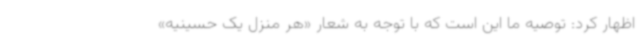
اظهار کرد: توصیه ما این است که با توجه به شعار «هر منزل یک حسینیه»